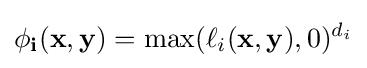
\mathbf {\phi _{i}(\mathbf {x} ,\mathbf {y} )} =\max(\ell _{i}(\mathbf {x} ,\mathbf {y} ),0)^{d_{i}}